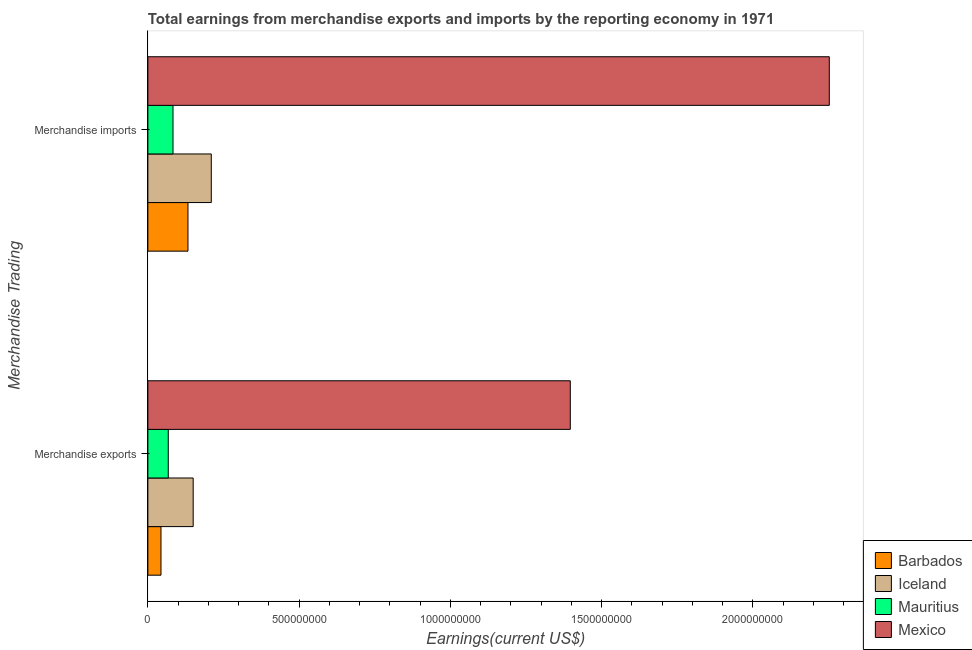
| Merchandise Trading | Barbados | Iceland | Mauritius | Mexico |
 | --- | --- | --- | --- | --- |
 | Merchandise exports | 4.33e+07 | 1.5e+08 | 6.74e+07 | 1.4e+09 |
 | Merchandise imports | 1.33e+08 | 2.1e+08 | 8.31e+07 | 2.25e+09 |